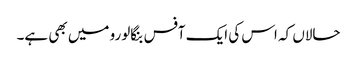
حالاں کہ اس کی ایک آفس بنگالورو میں بھی ہے۔